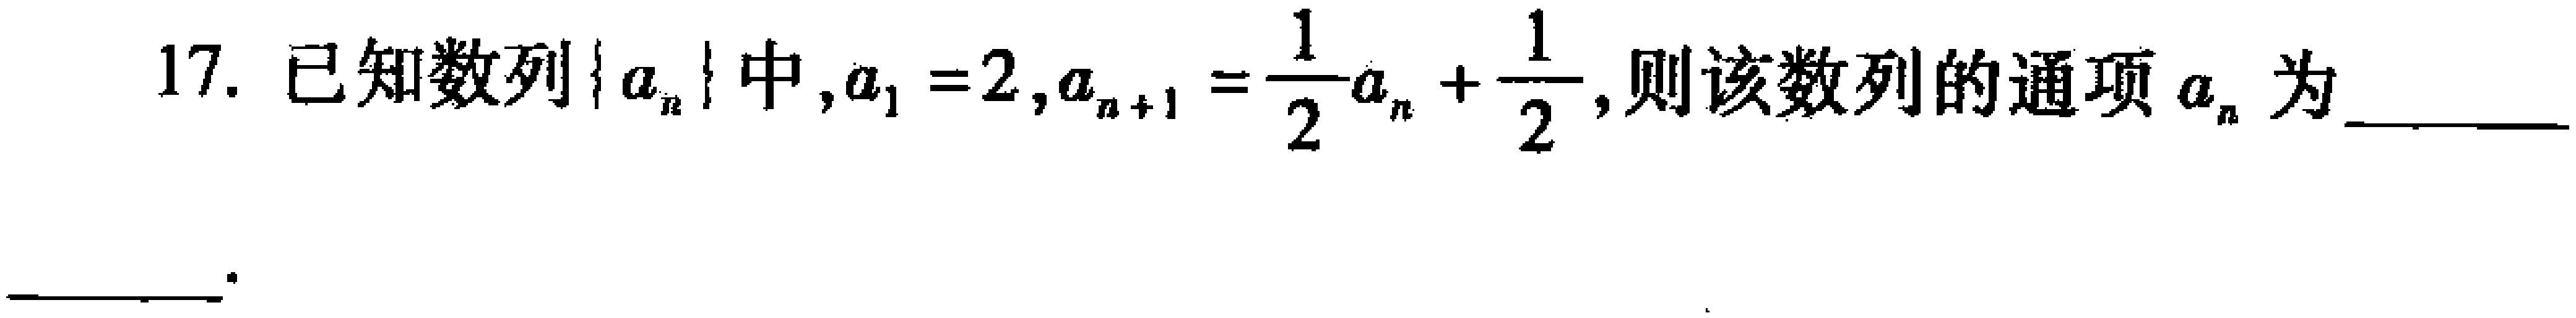
17. 已知数列\(\{ a_{n}\}\)中，\(a_{1}=2\)，\(a_{n + 1}=\frac{1}{2}a_{n}+\frac{1}{2}\)，则该数列的通项\(a_{n}\)为  。